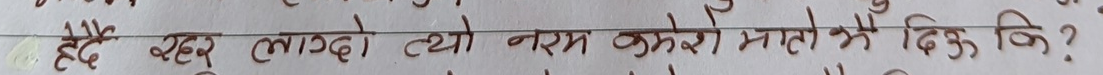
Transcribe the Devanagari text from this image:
हेदै रहल लागदो त्यो नरम कमरे भातो भै दिऊ कि?